Report of the Indian Hemp Drugs Commission, 1894-1895 - Volume VI
Year: 1894
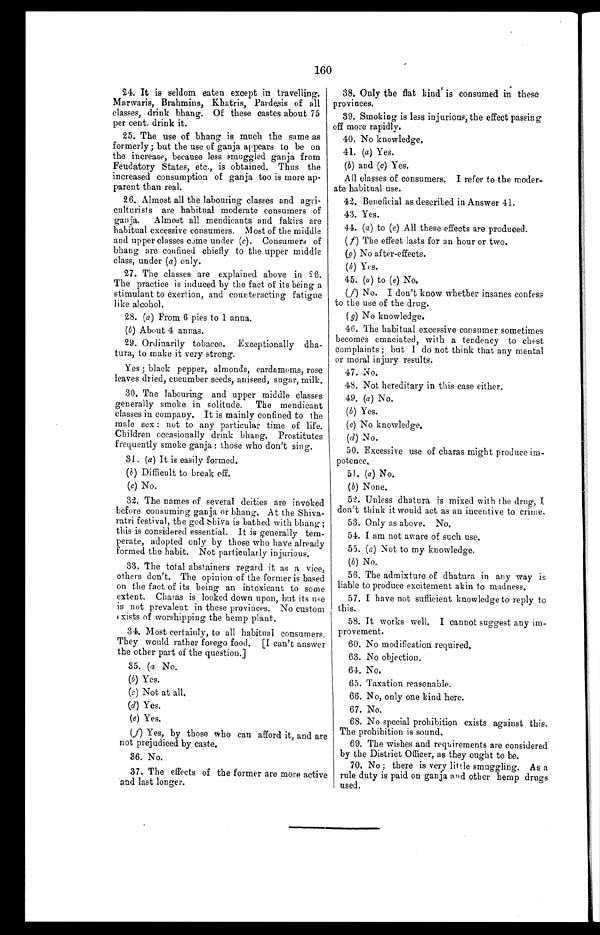
160
24. It is seldom eaten except in travelling.
Marwaris, Brahmins, Khatris, Pardesis of all
classes, drink bhang. Of these castes about 75
per cent. drink it.
25. The use of bhang is much the same as
formerly; but the use of ganja appears to be on
the increase, because less smuggled ganja from
Feudatory States, etc., is obtained. Thus the
increased consumption of ganja too is more ap
-
parent than real.
26. Almost all the labouring classes and agri
-
culturists are habitual moderate consumers of
ganja. Almost all mendicants and fakirs are
habitual excessive consumers. Most of the middle
and upper classes came under ( c). Consumers of
bhang are confined chiefly to the upper middle
class, under (a) only.
27. The classes are explained above in 26.
The practice is induced by the fact of its being a
stimulant to exertion, and counteracting fatigue
like alcohol.
28. (a) From 6 pies to 1 anna.
(b) About 4 annas.
29. Ordinarily tobacco. Exceptionally dha
-
tura, to make it very strong.
Yes; black pepper, almonds, cardamoms, rose
leaves dried, cucumber seeds, aniseed, sugar, milk.
30. The labouring and upper middle classes
generally smoke in solitude. The mendicant
classes in company. It is mainly confined to the
male sex: not to any particular time of life.
Children occasionally drink bhang. Prostitutes
frequently smoke ganja : those who don't sing.
31. (a) It is easily formed.
(b) Difficult to break off.
(c) No.
32. The names of several deities are invoked
before consuming ganja or bhang. At the Shiva
-
ratri festival, the god Shiva is bathed with bhang;
this is considered essential. It is generally tem
-
perate, adopted only by those who have already
formed the habit. Not particularly injurious.
33. The total abstainers regard it as a vice,
others don't. The opinion of the former is based
on the fact of its being an intoxicant to some
extent. Charas is looked down upon, but its use
is not prevalent in these provinces. No custom
e x i s t s o f w o r s h i p p i n g t h e h e m p p l a n t .
34. Most certainly, to all habitual consumers.
They would rather forego food. [I can't answer
the other part of the question.]
35. (a No.
(b) Yes.
( c ) N o t a t a l l .
(
d
) Y e s .
(
e
) Y e s .
(f) Yes, by those who can afford it, and are
not prejudiced by caste.
36. No.
37. The effects of the former are more active
and last longer.
38. Only the flat kind is consumed in these
provinces.
39. Smoking is less injurious, the effect passing
off more rapidly.
40. No knowledge.
41. (a) Yes.
(b) and (c) Yes.
All classes of consumers. I refer to the moder
-
ate habitual use.
42. Beneficial as described in Answer 41.
43. Yes.
44. (a) to (e) All these effects are produced.
( f) The effect lasts for an hour or two.
(g) No after-effects.
(h) Yes.
45. (a) to (e) No.
(f) No. I don't know whether insanes confess
to the use of the drug.
( g) No knowledge.
46. The habitual excessive consumer sometimes
becomes emaciated, with a tendency to chest
complaints; but I do not think that any mental
or moral injury results.
47. No.
48. Not hereditary in this case either.
49. (a) No.
( b ) Ye s .
(c) No knowledge.
(d) No.
50. Excessive use of charas might produce im
-
potence.
51. (a) No.
(b) None.
52. Unless dhatura is mixed with the drug,
don't think it would act as an incentive to crime.
53. Only as above. No.
54. I am not aware of such use.
5 5 . ( a)No t t o my k n o wl e d g e .
(b) No.
56. The admixture of dhatura in any way is
liable to produce excitement akin to madness.
57. I have not sufficient knowledge to reply to
this.
58. It works well. I cannot suggest any im
-
provement.
60. No modification required.
63. No objection.
64. No.
65. Taxation reasonable.
66. No, only one kind here.
67. No.
68. No special prohibition exists against this.
The prohibition is sound.
69. The wishes and requirements are considered
by the District Officer, as they ought to be.
70. No; there is very little smuggling. As a
rule duty is paid on ganja and other hemp drugs
used.